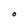
Character: O